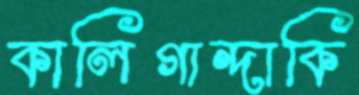
কালিগান্দাকি